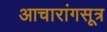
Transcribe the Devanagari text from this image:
आचारांगसूत्र